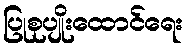
ပြုစုပျိုးထောင်ရေး